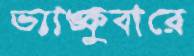
ভ্যাঙ্কুবারে